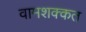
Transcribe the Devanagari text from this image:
वामशक्कत